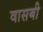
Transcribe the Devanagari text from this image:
वासबी